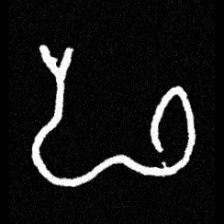
Pyu character \u2014 Myanmar letter: ဖ (romanized: pha)